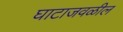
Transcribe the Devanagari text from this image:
घाटाजवळील